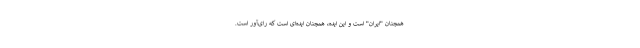
همچنان "ایران" است و این ایده، همچنان ایده‌ای است که رای‌آور است.